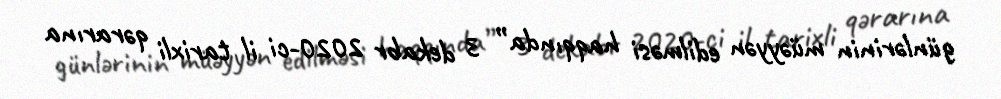
günlərinin müəyyən edilməsi haqqında” 3 dekabr 2020-ci il tarixli qərarına